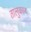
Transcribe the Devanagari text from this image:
तालुकाज